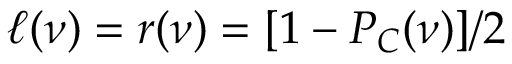
\ell ( \nu ) = r ( \nu ) = [ 1 - P _ { C } ( \nu ) ] / 2